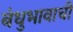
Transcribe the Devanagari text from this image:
बंधुभावाची